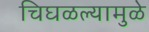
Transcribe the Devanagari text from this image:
चिघळल्यामुळे